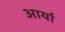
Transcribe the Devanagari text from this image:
अार्या